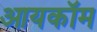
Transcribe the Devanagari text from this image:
आयकॉम